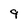
Character: 9